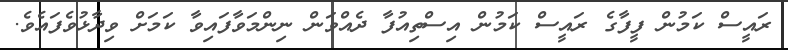
ރައީސް ކަމުން ފީފާގެ ރައީސް ކަމުން އިސްތިއުފާ ދެއްވަން ނިންމަވާފައިވާ ކަމަށް ވިދާޅުވެފައެވެ.